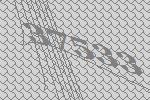
37533